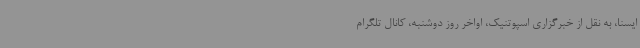
ایسنا، به نقل از خبرگزاری اسپوتنیک، اواخر روز دوشنبه،‌ کانال تلگرام